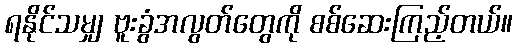
ရနိုင်သမျှ ဗူးခွံအလွတ်တွေကို စစ်ဆေးကြည့်တယ်။